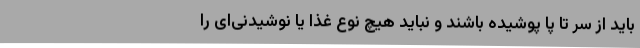
باید از سر تا پا پوشیده باشند و نباید هیچ نوع غذا یا نوشیدنی‌ای را